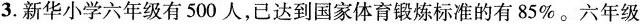
3.新华小学六年级有500人，已达到国家体育锻炼标准的有85%。六年级